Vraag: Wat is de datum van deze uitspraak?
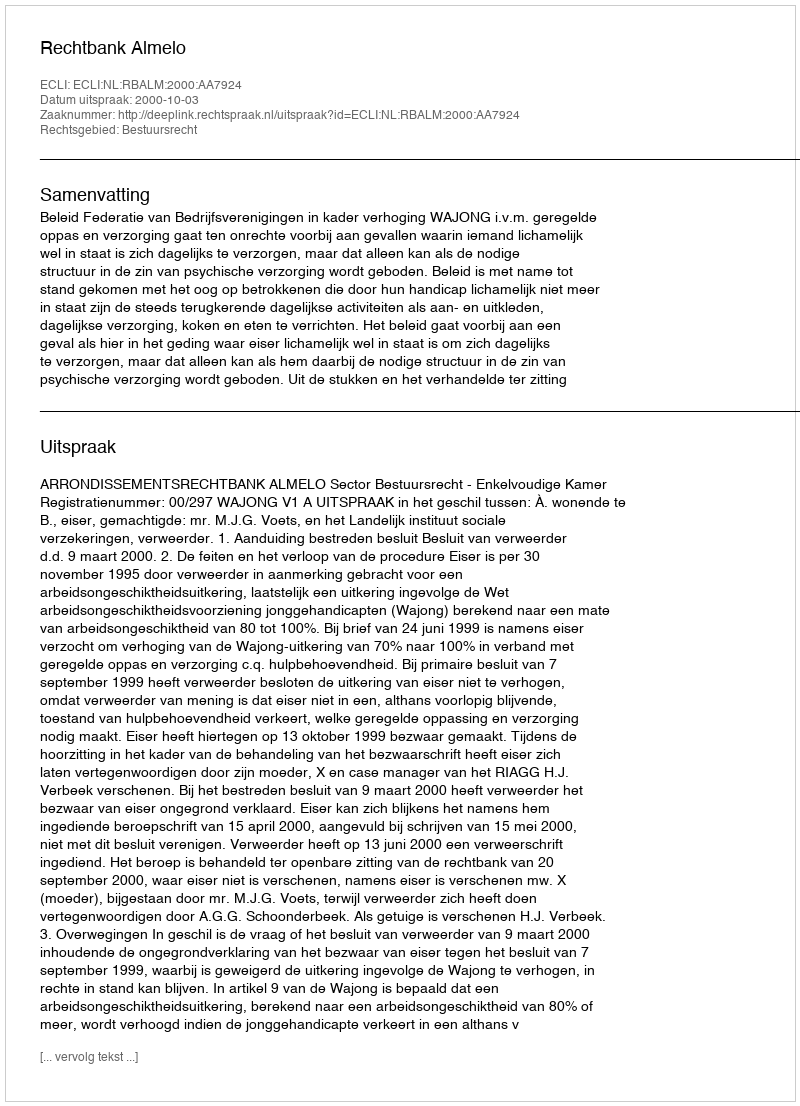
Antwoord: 2000-10-03